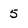
Character: 5